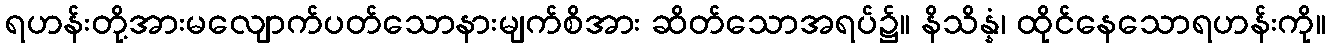
ရဟန်းတို့အားမလျောက်ပတ်သောနားမျက်စိအား ဆိတ်သောအရပ်၌။ နိသိန္နံ၊ ထိုင်နေသောရဟန်းကို။